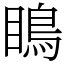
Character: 瞗